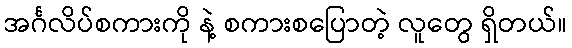
အင်္ဂလိပ်စကားကို နဲ့ စကားစပြောတဲ့ လူတွေ ရှိတယ်။